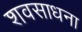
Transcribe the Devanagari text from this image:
शवसाधना